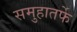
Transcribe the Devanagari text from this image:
समुहातर्फे